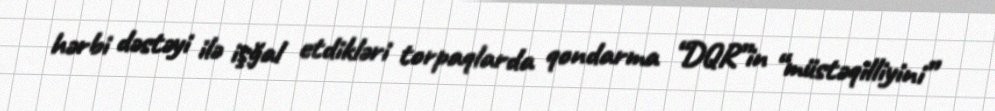
hərbi dəstəyi ilə işğal etdikləri torpaqlarda qondarma “DQR”in “müstəqilliyini”